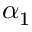
\alpha _ { 1 }